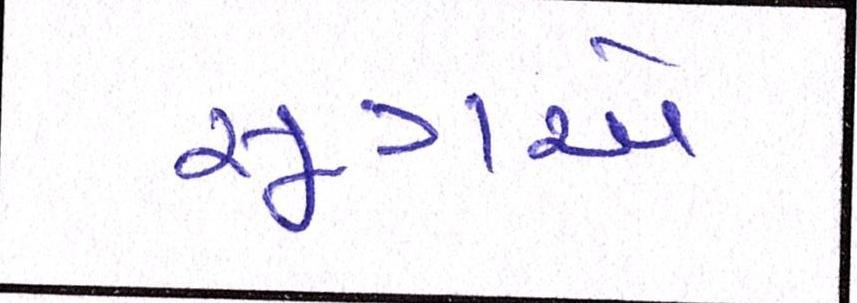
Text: સૂત્રએ